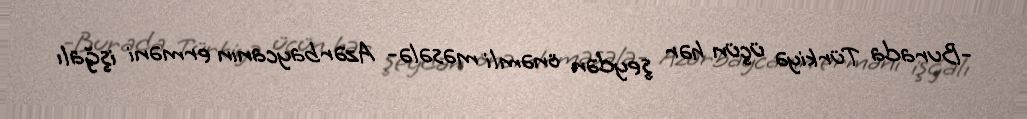
-Burada Türkiyə üçün hər şeydən önəmli məsələ- Azərbaycanın erməni işğalı